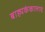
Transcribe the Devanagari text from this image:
बाह्यकंकालाचे